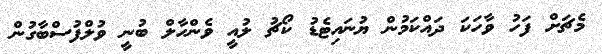
މެޗަށް ފަހު ވާހަކަ ދައްކަމުން ޔުނައިޓެޑު ކޯޗު ލުއީ ވެންހާލް ބުނީ ވުލްފުސްބާގުން